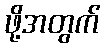
ဖို့အတွက်